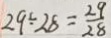
2 9 \div 2 8 = \frac { 2 9 } { 2 8 }